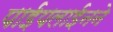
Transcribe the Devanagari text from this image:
पाईपलाईनने